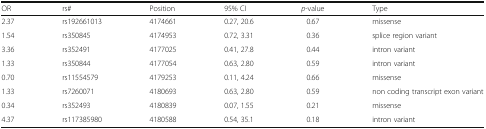
| OR | rs# | Position | 95% CI | p-value | Type |
 | --- | --- | --- | --- | --- | --- |
 | 2.37 | rs192661013 | 4174661 | 0.27, 20.6 | 0.67 | missense |
 | 1.54 | rs350845 | 4174953 | 0.72, 3.31 | 0.36 | splice region variant |
 | 3.36 | rs352491 | 4177025 | 0.41, 27.8 | 0.44 | intron variant |
 | 1.33 | rs350844 | 4177054 | 0.63, 2.80 | 0.59 | intron variant |
 | 0.70 | rs11554579 | 4179253 | 0.11, 4.24 | 0.66 | missense |
 | 1.33 | rs7260071 | 4180693 | 0.63, 2.80 | 0.59 | non coding transcript exon variant |
 | 0.34 | rs352493 | 4180839 | 0.07, 1.55 | 0.21 | missense |
 | 4.37 | rs117385980 | 4180588 | 0.54, 35.1 | 0.18 | intron variant |